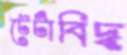
টেটাঁবিদ্ধ